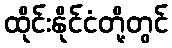
ထိုင်းနိုင်ငံတို့တွင်